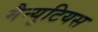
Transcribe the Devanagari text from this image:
मैन्युटियस